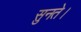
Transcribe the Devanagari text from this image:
सुनते।